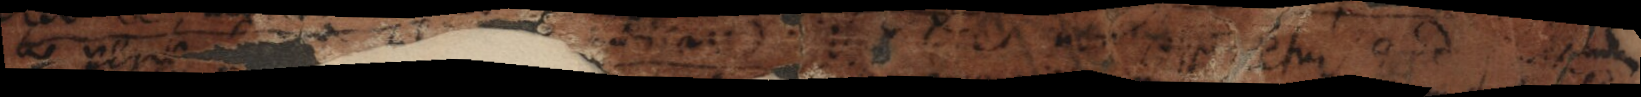
ac verae facile tibi fuerit judicare.« Unde licet non sequatur quod hoc probaturum se promittit